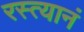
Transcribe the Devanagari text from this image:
रस्त्यानं